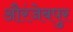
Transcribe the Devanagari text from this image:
औरंजेबपुर